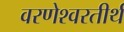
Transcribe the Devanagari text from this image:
वरणेश्वरतीर्थ